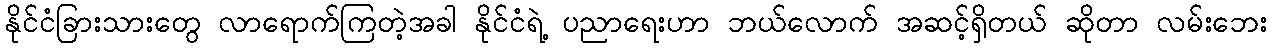
နိုင်ငံခြားသားတွေ လာရောက်ကြတဲ့အခါ နိုင်ငံရဲ့ ပညာရေးဟာ ဘယ်လောက် အဆင့်ရှိတယ် ဆိုတာ လမ်းဘေး